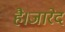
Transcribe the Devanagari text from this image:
है।जारेद